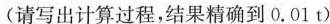
(请写出计算过程，结果精确到0.01t)